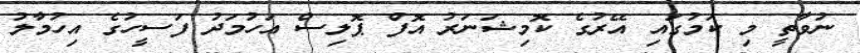
ނުވާތީ މި ކަމުގައި އޭރުގެ ކޮމިޝަނަރު އޮފް ޕޮލިސް އަހުމަދު ފަސީހުގެ އިހުމާލު